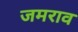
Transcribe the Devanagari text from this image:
जमराव